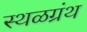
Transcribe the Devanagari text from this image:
स्थळग्रंथ